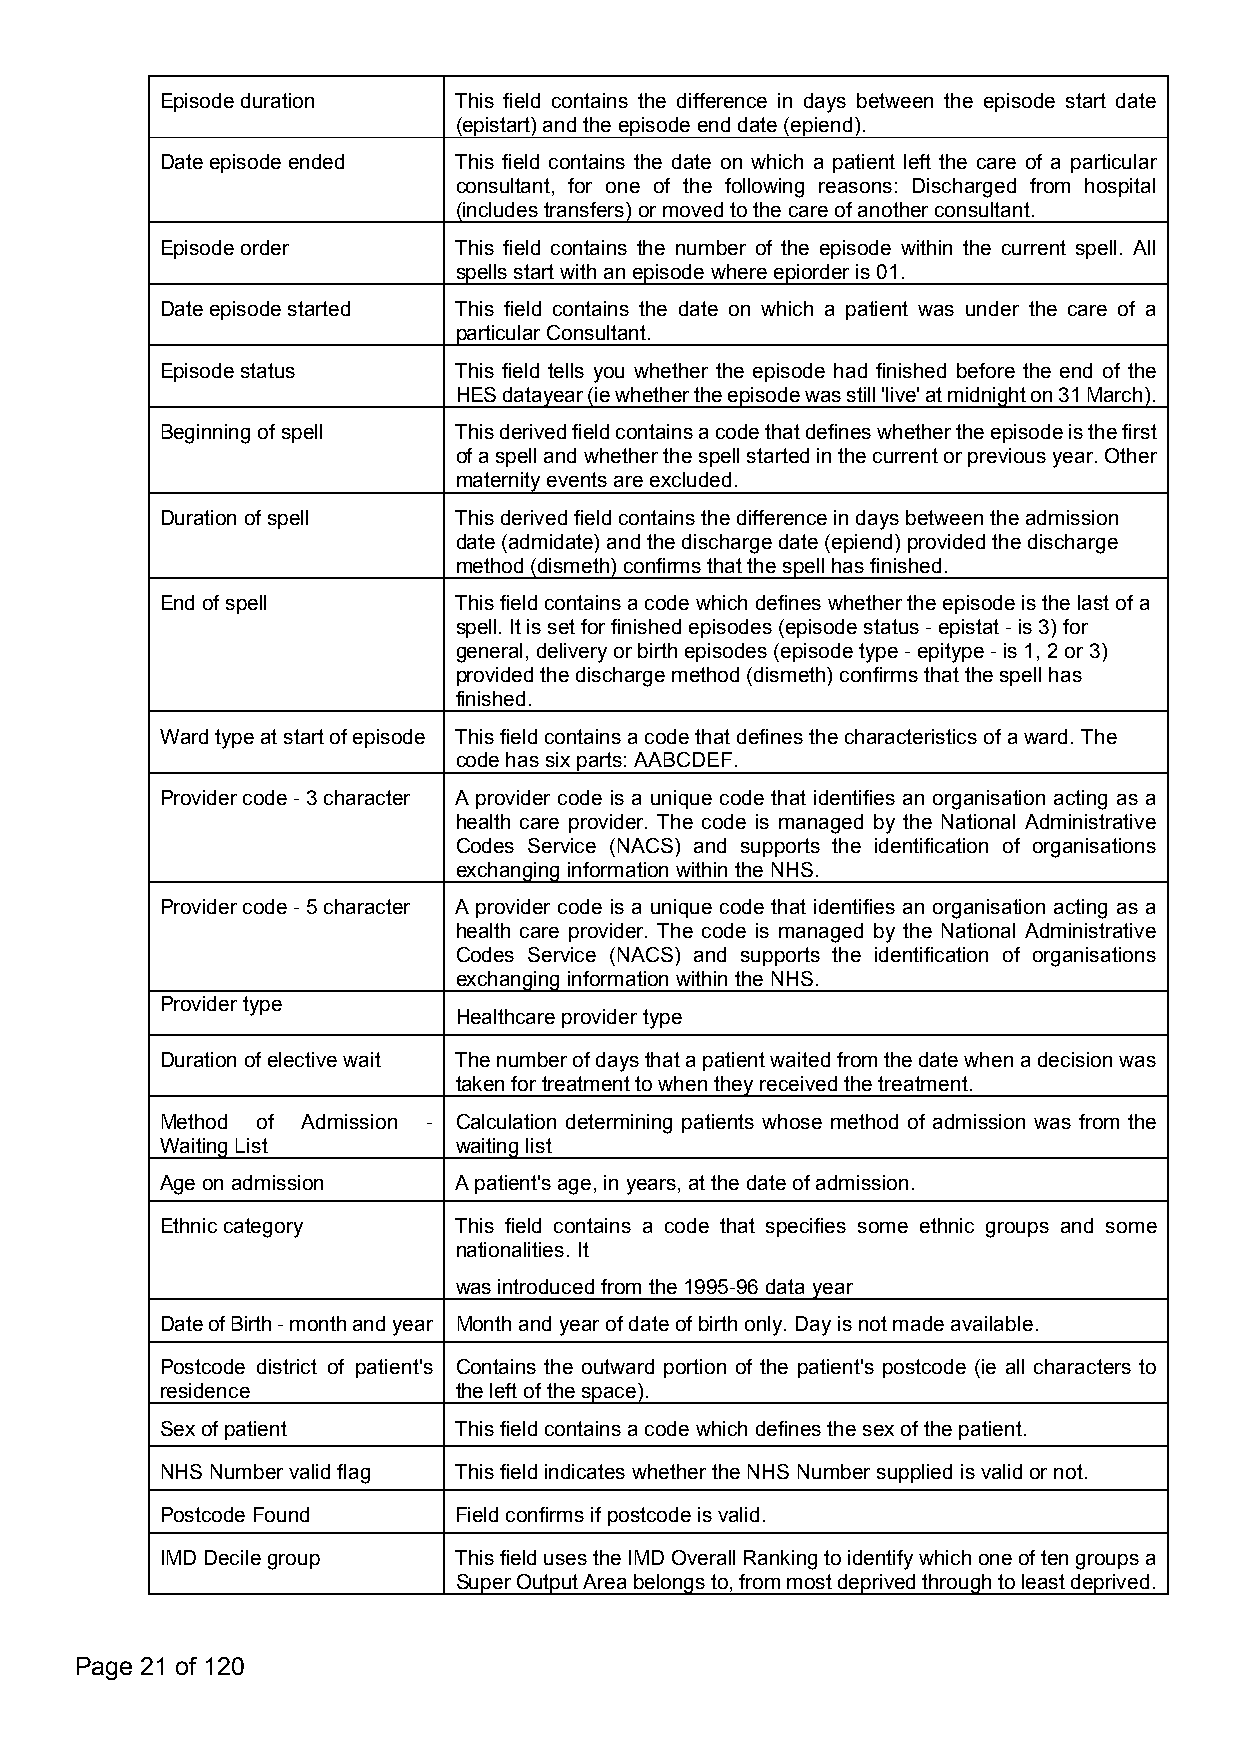
Episodeduration    This field contains the difference in days between the episode start date
 (epistart)andtheepisodeenddate(epiend).
 Dateepisodeended   This field contains the date on which a patient left the care of a particular
 consultant, for one of the following reasons: Discharged from hospital
 (includestransfers)ormovedtothecareofanotherconsultant.
 Episodeorder       This field contains the number of the episode within the current spell. All
 spellsstartwithanepisodewhereepiorderis01.
 Dateepisodestarted This field contains the date on which a patient was under the care of a
 particularConsultant.
 Episodestatus      This field tells you whether the episode had finished before the end of the
 HESdatayear(iewhethertheepisodewasstill'live'atmidnighton31March).
 Beginningofspell   Thisderivedfieldcontainsacodethatdefineswhethertheepisodeisthefirst
 ofaspellandwhetherthespellstartedinthecurrentorpreviousyear.Other
 maternityeventsareexcluded.
 Durationofspell    Thisderivedfieldcontainsthedifferenceindaysbetweentheadmission
 date(admidate)andthedischargedate(epiend)providedthedischarge
 method(dismeth)confirmsthatthespellhasfinished.
 Endofspell         Thisfieldcontainsacodewhichdefineswhethertheepisodeisthelastofa
 spell.Itissetforfinishedepisodes(episodestatus-epistat-is3)for
 general,deliveryorbirthepisodes(episodetype-epitype-is1,2or3)
 providedthedischargemethod(dismeth)confirmsthatthespellhas
 finished.
 Wardtypeatstartofepisode Thisfieldcontainsacodethatdefinesthecharacteristicsofaward.The
 codehassixparts:AABCDEF.
 Providercode-3character A provider code is a unique code that identifies an organisation acting as a
 health care provider. The code is managed by the National Administrative
 Codes Service (NACS) and supports the identification of organisations
 exchanginginformationwithintheNHS.
 Providercode-5character A provider code is a unique code that identifies an organisation acting as a
 health care provider. The code is managed by the National Administrative
 Codes Service (NACS) and supports the identification of organisations
 exchanginginformationwithintheNHS.
 Providertype
 Healthcareprovidertype
 Durationofelectivewait Thenumberofdaysthatapatientwaitedfromthedatewhenadecisionwas
 takenfortreatmenttowhentheyreceivedthetreatment.
 Method of Admission - Calculation determining patients whose method of admission was from the
 WaitingList        waitinglist
 Ageonadmission     Apatient'sage,inyears,atthedateofadmission.
 Ethniccategory     This field contains a code that specifies some ethnic groups and some
 nationalities.It
 wasintroducedfromthe1995-96datayear
 DateofBirth-monthandyear Monthandyearofdateofbirthonly.Dayisnotmadeavailable.
 Postcode district of patient's Contains the outward portion of the patient's postcode (ie all characters to
 residence          theleftofthespace).
 Sexofpatient       Thisfieldcontainsacodewhichdefinesthesexofthepatient.
 NHSNumbervalidflag ThisfieldindicateswhethertheNHSNumbersuppliedisvalidornot.
 PostcodeFound      Fieldconfirmsifpostcodeisvalid.
 IMDDecilegroup     ThisfieldusestheIMDOverallRankingtoidentifywhichoneoftengroupsa
 SuperOutputAreabelongsto,frommostdeprivedthroughtoleastdeprived.
 Page 21 of 120